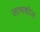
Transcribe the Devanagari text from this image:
लाभशील